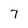
Character: 7